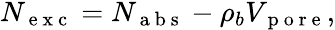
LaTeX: \begin{array}{r}{N_{\mathrm{~e~x~c~}}=N_{\mathrm{~a~b~s~}}-\rho_{b}V_{\mathrm{~p~o~r~e~}},}\end{array}